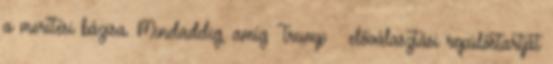
a merítési bázisa. Mindaddig, amíg Trump – előválasztási repülőstartját